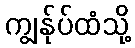
ကျွန်ုပ်ထံသို့